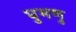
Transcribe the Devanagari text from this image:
घुमणु